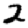
Digit: 2